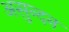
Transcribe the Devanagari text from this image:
असुन्दन